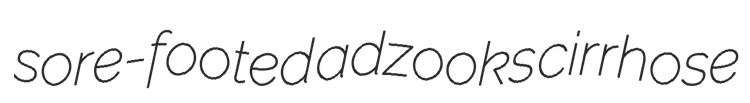
sore-footed adzooks cirrhose